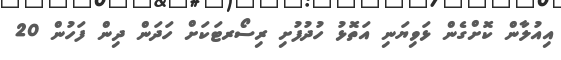
އިއުލާން ކޮށްގެން ޅަވިޔަނި އަތޮޅު ހުދުފުށި ރިސޯރޓަކަށް ހަދަން ދިން ފަހުން 20